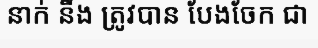
នាក់ នឹង ត្រូវបាន បែងចែក ជា